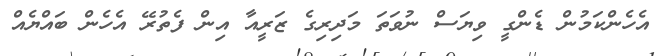
އެހެންކަމުން ޑެންގީ ވިޔަސް ނުވަތަ މަދިރިގެ ޒަރީއާ އިން ފެތުރޭ އެހެން ބައްޔެއް